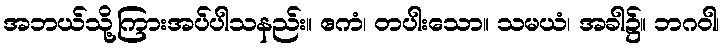
အဘယ်သို့ကြားအပ်ပါသနည်း။ ဧကံ၊ တပါးသော။ သမယံ၊ အခါ၌။ ဘဂဝါ၊